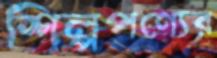
শিল্পপণ্যের